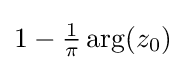
1-{\tfrac {1}{\pi }}\arg(z_{0})